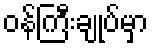
ဝန်ကြီးချုပ်မှာ